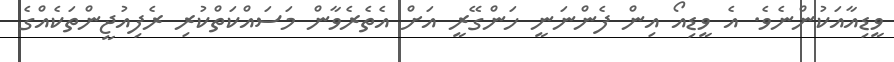
ވީޑިއާއަކުންނެވެ. އެ ވީޑިއޯ އިން ފެންނަނީ ހަންގޭރީ އަށް އެތެރެވާން މަސައްކަތްކުރި ރެފިއުޖީންތަކެއްގެ